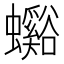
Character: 𧕉